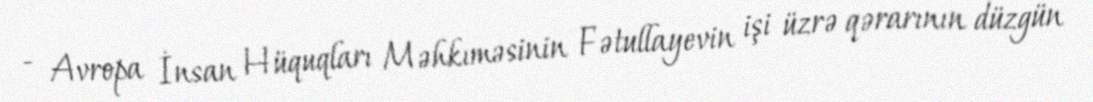
- Avropa İnsan Hüquqları Məhkıməsinin Fətullayevin işi üzrə qərarının düzgün